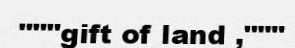
"""gift of land ,"""